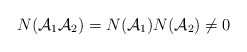
\begin{align*}N({\cal A}_{1} {\cal A}_{2})= N({\cal A}_{1})N({\cal A}_{2})\neq 0\end{align*}